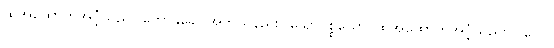
ထိုအထောက်အပံ့သည်။ ကောနုခေါ၊ အဘယ်နည်း။ သောပစ္စယော၊ ထိုအထောက်အပံ့သည်။ ပဂေဝ၊